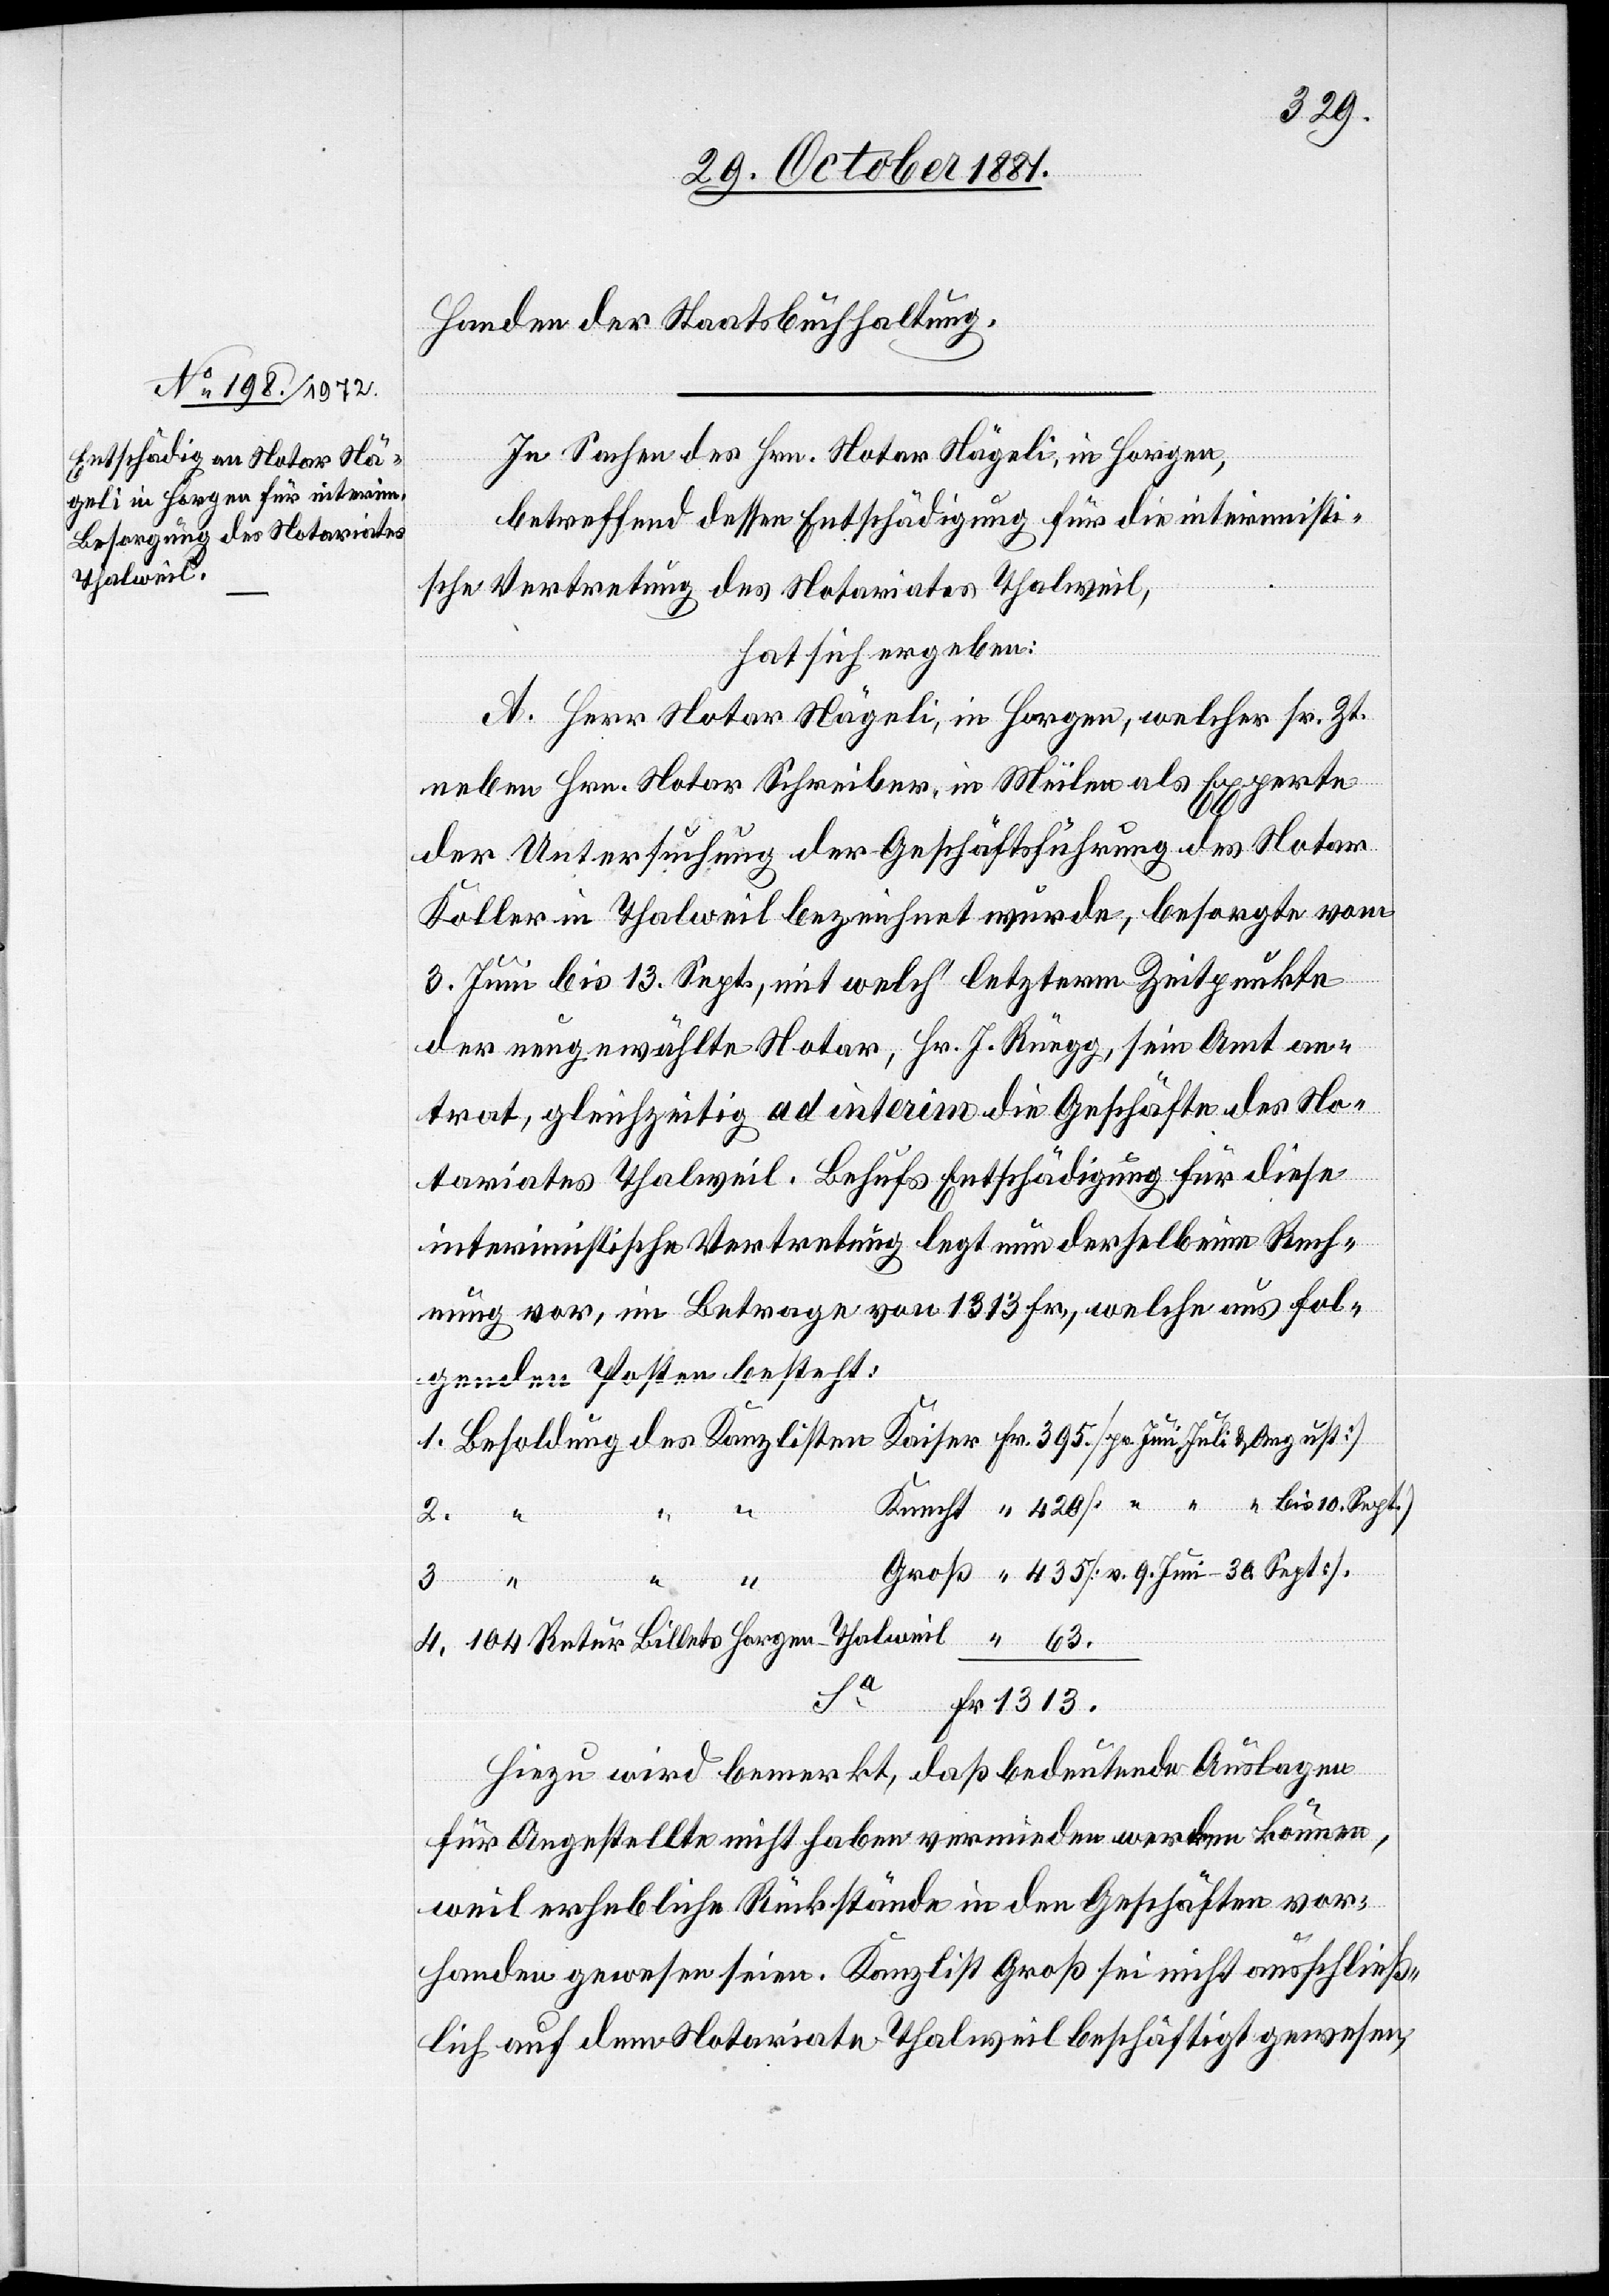
Handen der Staatsbuchhaltung.
In Sachen des Hrn. Notar Nägeli, in Horgen,
betreffend dessen Entschädigung für die interimisti¬
sche Vertretung des Notariates Thalweil,
hat sich ergeben:
A. Herr Notar Nägeli, in Horgen, welcher sr. Zt.
neben Hrn. Notar Schreiber, in Meilen als Experte
der Untersuchung der Geschäftsführung des Notar
Koller in Thalweil bezeichnet wurde, besorgte vom
3. Juni bis 13. Sept., mit welch‘ letzterm Zeitpunkte
der neugewählte Notar, Hr. J. Rüegg, sein Amt an¬
trat, gleichzeitig ad interim die Geschäfte des No¬
tariates Thalweil. Behufs Entschädigung für diese
interimistische Vertretung legt nun derselbe eine Rech¬
nung vor, im Betrage von 1313 Fr., welche aus fol¬
genden Posten besteht:
1. Besoldung des Kanzlisten Kaiser Fr. 395. [pr. Juni, Juli & August]
Knecht “ 420 [ “ “ “ “ bis 10. Sept.]
Groß “ 435 [v. 9. Juni–30. Sept.].
3.
4. 104 Retur Billets Horgen–Thalweil “ 63.
Fr. 1313.
hinzu wird bemerkt, daß bedeutende Auslagen
für Angestellte nicht haben vermieden werden können,
weil erhebliche Rückstände in den Geschäften vor¬
handen gewesen seien. Kanzlist Groß sei nicht ausschließ¬
lich auf dem Notariate Thalweil beschäftigt gewesen,